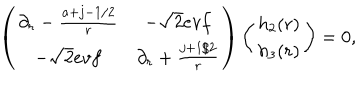
\left( \begin{array} { c c } { { \partial _ { r } - { \frac { a + j - 1 / 2 } { r } } } } & { { - \sqrt { 2 } e v f } } \\ { { - \sqrt { 2 } e v f } } & { { \partial _ { r } + { \frac { j + 1 / 2 } { r } } } } \\ \end{array} \right) \left( \begin{array} { c } { { h _ { 2 } ( r ) } } \\ { { h _ { 3 } ( r ) } } \\ \end{array} \right) = 0 ,